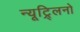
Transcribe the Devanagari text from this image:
न्यूट्र्लिनो